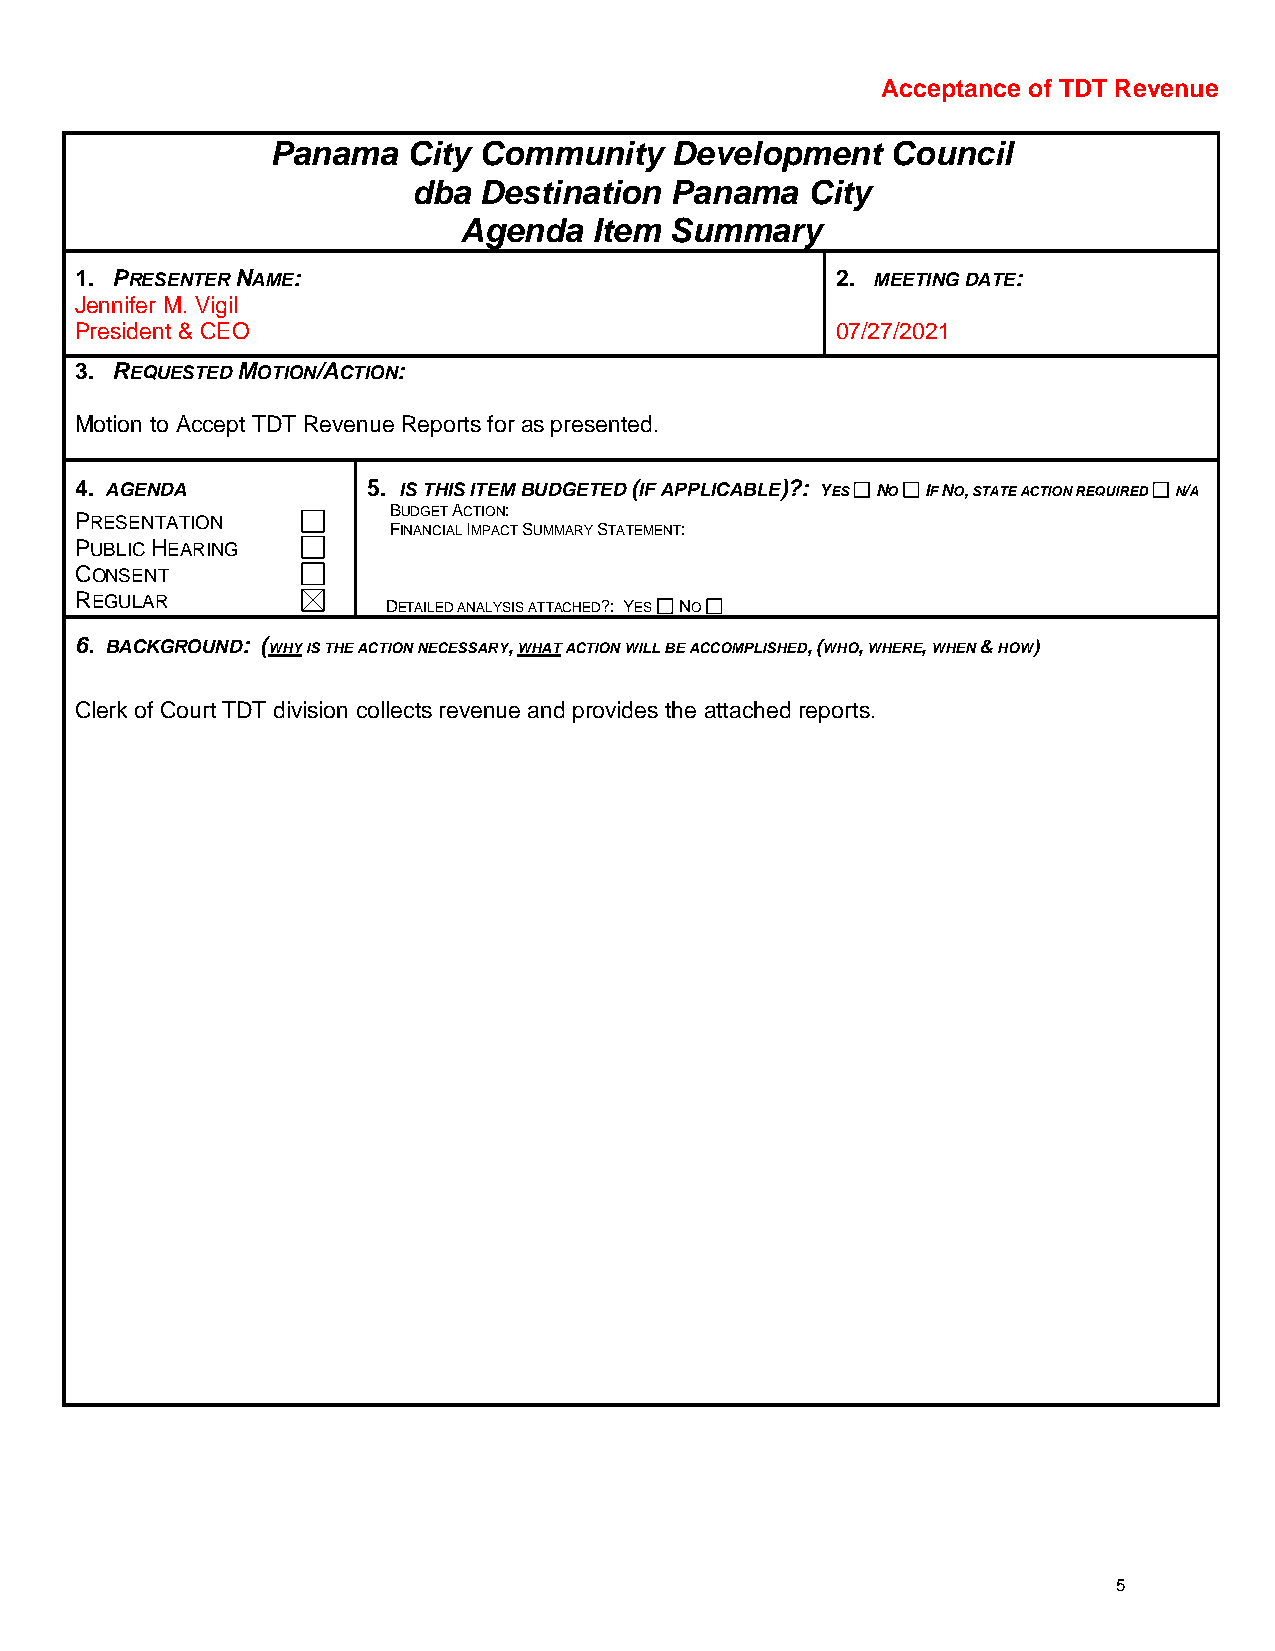
Acceptance of TDT Revenue
 Panama   City Community   Development    Council
 dba  Destination Panama   City
 Agenda   Item Summary
 1. PRESENTER NAME:                                2. MEETING DATE:
 Jennifer M. Vigil
 President & CEO                                   07/27/2021
 3. REQUESTED MOTION/ACTION:
 Motion to Accept TDT Revenue Reports for as presented.
 4. AGENDA          5. IS THIS ITEM BUDGETED (IF APPLICABLE)?: YES NO IF NO, STATE ACTION REQUIRED N/A
 BUDGET ACTION:
 PRESENTATION
 FINANCIAL IMPACT SUMMARY STATEMENT:
 PUBLIC HEARING
 CONSENT
 REGULAR
 DETAILED ANALYSIS ATTACHED?: YES NO
 6. BACKGROUND: (WHY IS THE ACTION NECESSARY, WHAT ACTION WILL BE ACCOMPLISHED, (WHO, WHERE, WHEN & HOW)
 Clerk of Court TDT division collects revenue and provides the attached reports.
 5